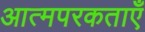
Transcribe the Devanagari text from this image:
आत्मपरकताएँ